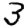
Digit: 3